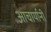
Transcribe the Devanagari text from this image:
आचार्यानी